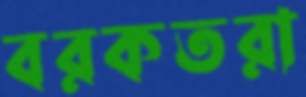
বরকতরা